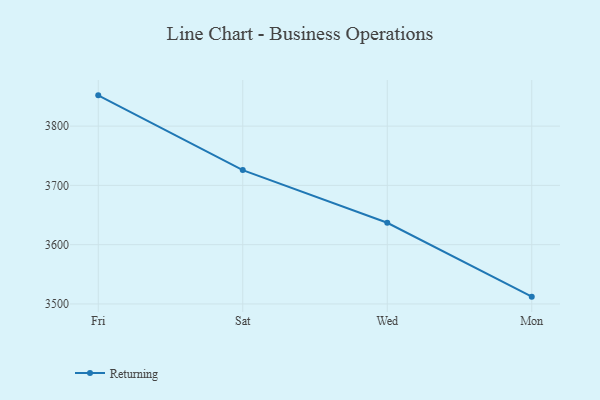
{"axis": {"x": "Day", "y": "Customer Acquisition Cost (USD)"}, "legend": ["Returning"], "data": [{"x": "Fri", "y": 3851.9, "type": "Returning"}, {"x": "Sat", "y": 3725.8, "type": "Returning"}, {"x": "Wed", "y": 3636.9, "type": "Returning"}, {"x": "Mon", "y": 3512.3, "type": "Returning"}]}